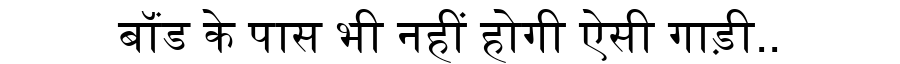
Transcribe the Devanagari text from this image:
बॉंड के पास भी नहीं होगी ऐसी गाड़ी..